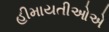
હીમાયતીઓએ